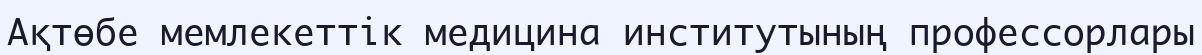
Ақтөбе мемлекеттік медицина институтының профессорлары